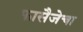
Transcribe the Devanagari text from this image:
फासैजेचा